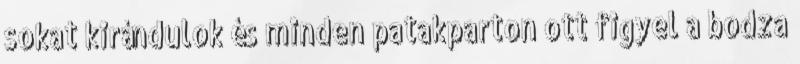
sokat kirándulok és minden patakparton ott figyel a bodza